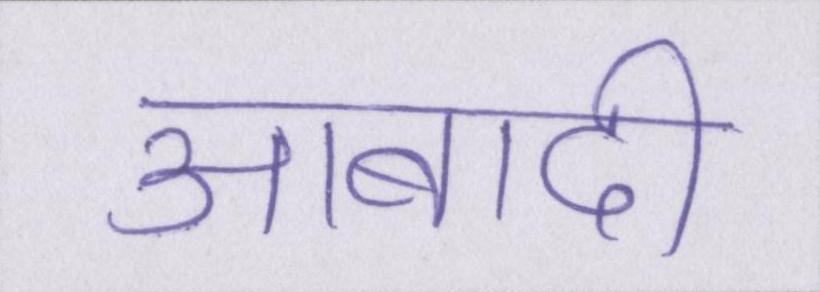
आबादी